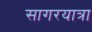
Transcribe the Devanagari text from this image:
सागरयात्रा